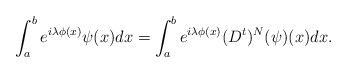
\begin{align*} \int_a^b e^{i\lambda \phi(x)}\psi(x)dx = \int_a^b e^{i\lambda \phi(x)} (D^t)^N(\psi)(x) dx.\end{align*}